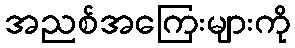
အညစ်အကြေးများကို